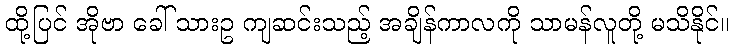
ထို့ပြင် အိုဗာ ခေါ် သားဥ ကျဆင်းသည့် အချိန်ကာလကို သာမန်လူတို့ မသိနိုင်။